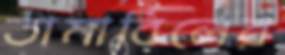
তামাবিলের